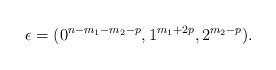
LaTeX: \begin{align*}\epsilon = (0^{n-m_1-m_2-p},1^{m_1+2p},2^{m_2-p}).\end{align*}